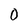
Character: 0